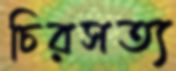
চিরসত্য